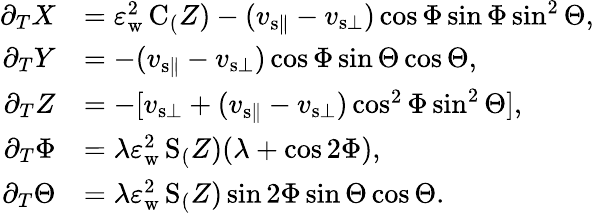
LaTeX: \begin{array}{rl}{\partial_{T}X}&{=\varepsilon_{\mathrm{w}}^{2}\, \mathrm{C}_(Z)-(v_{{\mathrm{s}}\parallel}-v_{{\mathrm{s}}\bot})\cos\Phi\sin\Phi\sin^{2}\Theta,}\\ {\partial_{T}Y}&{=-(v_{{\mathrm{s}}\parallel}-v_{{\mathrm{s}}\bot})\cos\Phi\sin\Theta\cos\Theta,}\\ {\partial_{T}Z}&{=-[v_{{\mathrm{s}}\bot}+(v_{{\mathrm{s}}\parallel}-v_{{\mathrm{s}}\bot})\cos^{2}\Phi\sin^{2}\Theta],}\\ {\partial_{T}\Phi}&{=\lambda\varepsilon_{\mathrm{w}}^{2}\, \mathrm{S}_(Z)(\lambda+\cos 2\Phi),}\\ {\partial_{T}\Theta}&{=\lambda\varepsilon_{\mathrm{w}}^{2}\, \mathrm{S}_(Z)\sin 2\Phi\sin\Theta\cos\Theta.}\end{array}